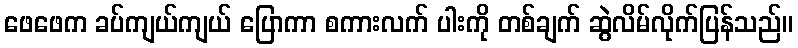
ဖေဖေက ခပ်ကျယ်ကျယ် ပြောကာ စကားလက် ပါးကို တစ်ချက် ဆွဲလိမ်လိုက်ပြန်သည်။